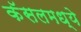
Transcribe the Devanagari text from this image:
कॅसलमध्ये